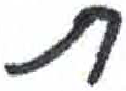
אות: ת